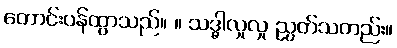
တောင်းပန်ထွာသည်။ ။ သဒ္ဓါလှုလှု ညွတ်သတည်း။